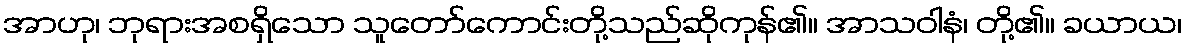
အာဟု၊ ဘုရားအစရှိသော သူတော်ကောင်းတို့သည်ဆိုကုန်၏။ အာသဝါနံ၊ တို့၏။ ခယာယ၊